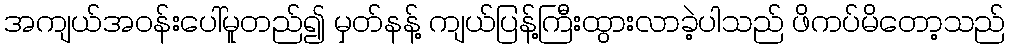
အကျယ်အဝန်းပေါ်မူတည်၍ မှတ်နန့် ကျယ်ပြန့်ကြီးထွားလာခဲ့ပါသည် ဖိကပ်မိတော့သည်